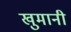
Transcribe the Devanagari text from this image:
खुमानी